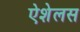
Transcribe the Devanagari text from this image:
ऐशेलस